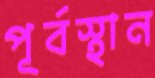
পূর্বস্থান